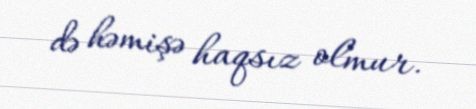
də həmişə haqsız olmur.